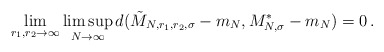
\begin{align*}\lim_{r_1, r_2\to \infty}\limsup_{N\to \infty}d(\tilde M_{N, r_1, r_2, \sigma} - m_N, M^*_{N, \sigma} - m_N) = 0\,.\end{align*}